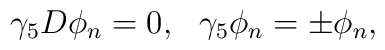
\gamma_{5}D\phi_{n}=0, \ \ \gamma_{5}\phi_{n} = \pm \phi_{n},